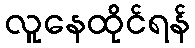
လူနေထိုင်ရန်